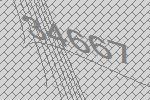
34667